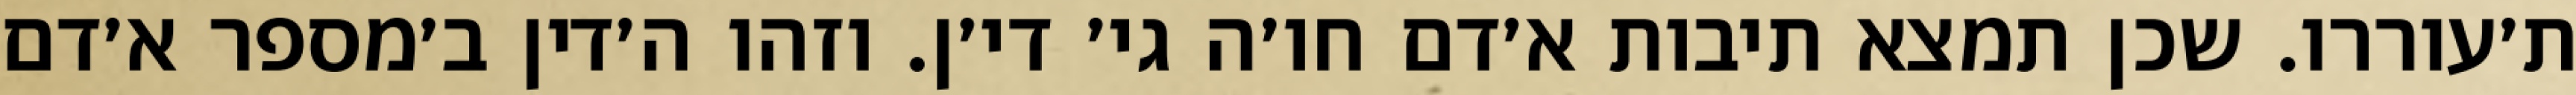
ת׳עוררו. שכן תמצא תיבות א׳דם חו׳ה גי׳ די׳ן. וזהו ה׳דין ב׳מספר א׳דם